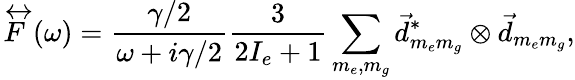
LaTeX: \overleftrightarrow{F}(\omega)=\frac{\gamma/2}{\omega+i\gamma/2}\frac{3}{2I_{e}+1}\sum_{m_{e},m_{g}}\vec{d}_{m_{e}m_{g}}^{*}\otimes\vec{d}_{m_{e}m_{g}},